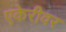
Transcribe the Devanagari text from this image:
एकेरीवर